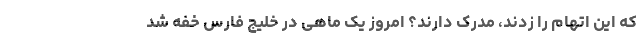
که این اتهام را زدند، مدرک دارند؟ امروز یک ماهی در خلیج فارس خفه شد